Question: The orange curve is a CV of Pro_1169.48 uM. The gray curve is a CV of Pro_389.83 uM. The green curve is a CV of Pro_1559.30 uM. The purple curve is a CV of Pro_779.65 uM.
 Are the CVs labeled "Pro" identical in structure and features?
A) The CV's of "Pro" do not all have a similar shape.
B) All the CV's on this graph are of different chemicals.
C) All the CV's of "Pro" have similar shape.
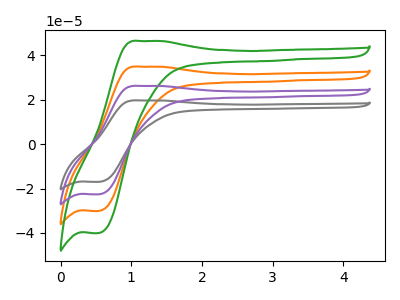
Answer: <think>The orange curve "Pro_1169.48 uM" has an anodic peak at (1.10V, 52.50uA) and a cathodic peak at (0.55V, -45.30uA). The gray curve "Pro_389.83 uM" has an anodic peak at (1.10V, 19.75uA) and a cathodic peak at (0.55V, -17.00uA). The green curve "Pro_1559.30 uM" has an anodic peak at (1.10V, 78.80uA) and a cathodic peak at (0.55V, -67.90uA). The purple curve "Pro_779.65 uM" has an anodic peak at (1.10V, 26.25uA) and a cathodic peak at (0.55V, -22.65uA).
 All the peaks in "Pro_1169.48 uM" have a peak in "Pro_389.83 uM" at the same potential. Every peak in "Pro_1169.48 uM" is higher than every peak in "Pro_389.83 uM". All the peaks in "Pro_1169.48 uM" have a peak in "Pro_1559.30 uM" at the same potential. Every peak in "Pro_1169.48 uM" is lower than every peak in "Pro_1559.30 uM". All the peaks in "Pro_1169.48 uM" have a peak in "Pro_779.65 uM" at the same potential. Every peak in "Pro_1169.48 uM" is higher than every peak in "Pro_779.65 uM". All the peaks in "Pro_389.83 uM" have a peak in "Pro_1559.30 uM" at the same potential. Every peak in "Pro_389.83 uM" is lower than every peak in "Pro_1559.30 uM". All the peaks in "Pro_389.83 uM" have a peak in "Pro_779.65 uM" at the same potential. Every peak in "Pro_389.83 uM" is lower than every peak in "Pro_779.65 uM". All the peaks in "Pro_1559.30 uM" have a peak in "Pro_779.65 uM" at the same potential. Every peak in "Pro_1559.30 uM" is higher than every peak in "Pro_779.65 uM".</think>
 <answer>C) All the CV's of "Pro" have similar shape.</answer>
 <eval>C</eval>